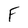
Character: F